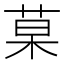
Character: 菒